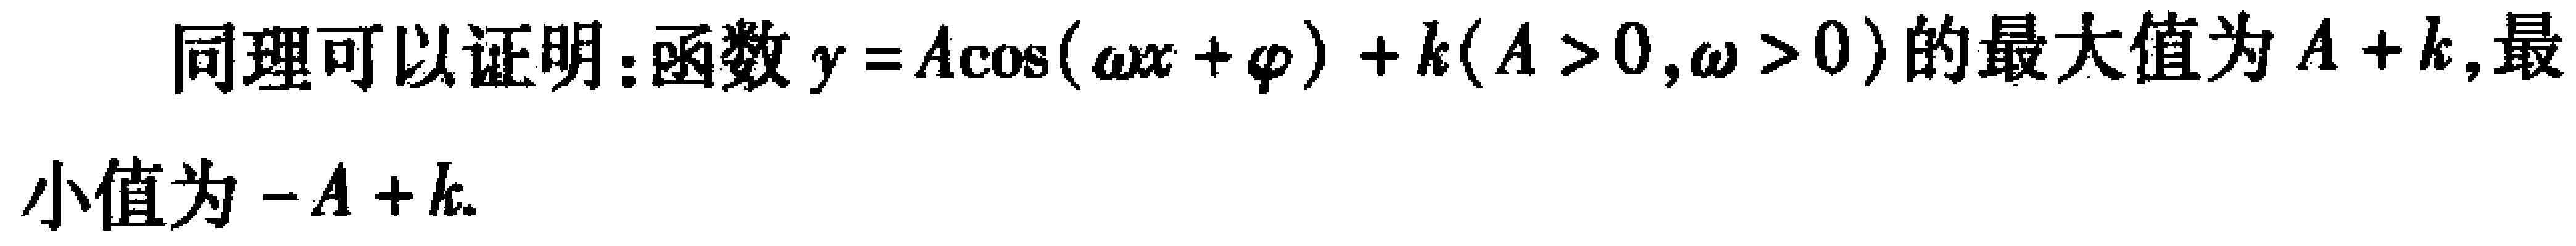
同理可以证明：函数\(y = A\cos(\omega x+\varphi)+k(A > 0,\omega>0)\)的最大值为\(A + k\),最小值为\(-A + k\).